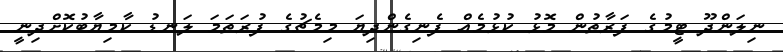
ނިލަންދޫ ޓީމުގެ ފަރާތުން މޮޅު ކުޅުމެއް ފެނިގެންދިޔަ މިމެޗުގެ ފުރަތަމަ ލަނޑު ކާމިޔާބުކޮށްދިނީ